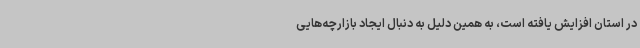
در استان افزایش یافته است، به همین دلیل به دنبال ایجاد بازارچه‌هایی